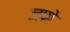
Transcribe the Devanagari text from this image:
जपो